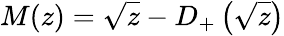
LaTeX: M(z)=\sqrt{{z}}-D_{+}\left({\sqrt{z}}\right)